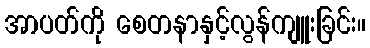
အာပတ်ကို စေတနာနှင့်လွန်ကျူးခြင်း။